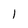
Character: 1